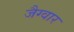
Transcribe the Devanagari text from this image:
जैग्वार